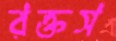
রক্তস